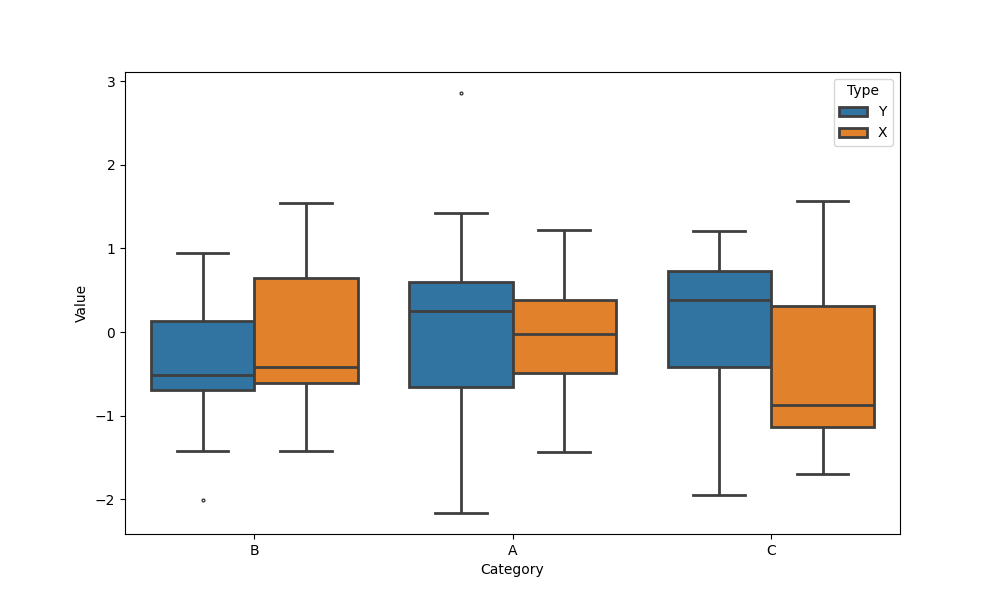
python, seaborn, boxplot, width=0.8, linewidth=2, fliersize=2, notch=False